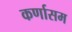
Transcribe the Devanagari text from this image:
कर्णासम